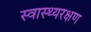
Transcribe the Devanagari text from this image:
स्वास्थ्यरक्षण